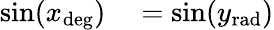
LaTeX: \begin{array}{rl}{\sin(x_{\mathrm{deg}})}&{{}=\sin(y_{\mathrm{rad}})}\end{array}